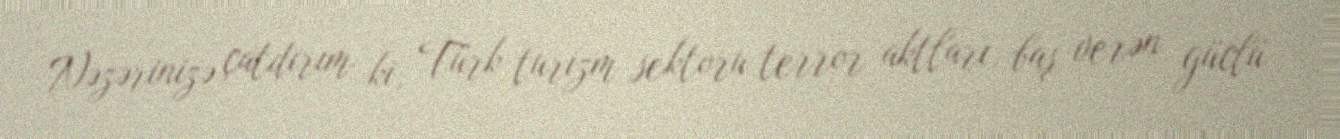
Nəzərinizə çatdırım ki, Türk turizm sektoru terror aktları, baş verən güclü